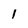
Character: 1